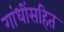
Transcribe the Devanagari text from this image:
गांधींसहित